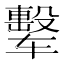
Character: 𰺟